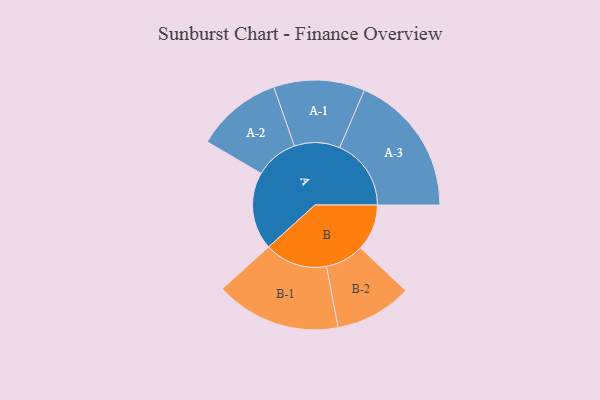
{"axis": {"x": "Segment", "y": "Value"}, "legend": ["", "A", "B"], "data": [{"x": "A", "y": 266, "type": ""}, {"x": "B", "y": 159, "type": ""}, {"x": "A-1", "y": 156, "type": "A"}, {"x": "A-2", "y": 148, "type": "A"}, {"x": "A-3", "y": 245, "type": "A"}, {"x": "B-1", "y": 215, "type": "B"}, {"x": "B-2", "y": 132, "type": "B"}]}